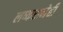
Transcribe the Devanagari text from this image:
लष्करानेही